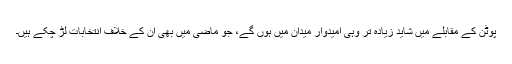
پوٹن کے مقابلے میں شاید زیادہ تر وہی امیدوار میدان میں ہوں گے، جو ماضی میں بھی ان کے خلاف انتخابات لڑ چکے ہیں۔